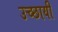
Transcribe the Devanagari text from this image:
उच्छायी